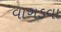
વાગડવા